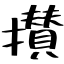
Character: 攅